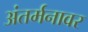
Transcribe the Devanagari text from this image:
अंतर्मनावर